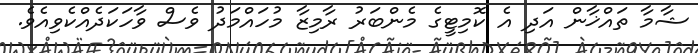
ޝާމާ ތައްޚާން އަދި އެ ކޮމިޓީގެ މެންބަރު ރާމިޒާ މުހައްމަދު ވެސް ވާހަކަދެއްކެވިއެވެ.